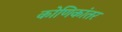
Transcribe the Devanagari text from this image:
कोणिकांतर